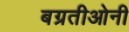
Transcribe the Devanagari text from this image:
बग्रतीओनी